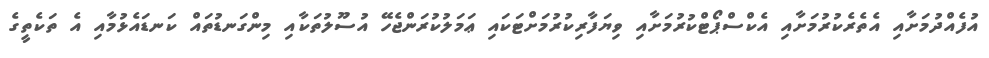
އުފެއްދުމަށާއި އެތެރެކުރުމަށާއި އެކްސްޕޯޓްކުރުމަށާއި ވިޔަފާރިކުރުމަށްޓަކައި ޢަމަލުކުރަންޖެހޭ އުސޫލުތަކާއި މިންގަނޑުތައް ކަނޑައެޅުމާއި އެ ތަކެތީގެ